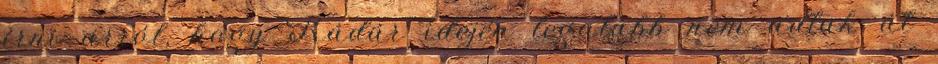
írni arról, hogy Kádár idején legalább nem adtak át